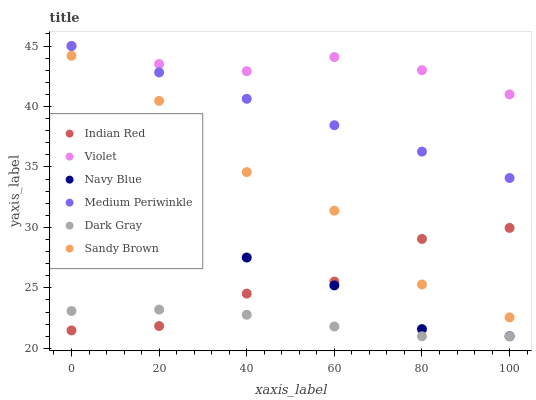
| xaxis_label | Indian Red | Violet | Navy Blue | Medium Periwinkle | Dark Gray | Sandy Brown |
 | --- | --- | --- | --- | --- | --- | --- |
 | 0 | 21.5 | 45 | 28.2 | 45 | 23.1 | 44.2 |
 | 20 | 21.8 | 43.5 | 28.5 | 42.8 | 23.2 | 40.5 |
 | 40 | 24.5 | 42.9 | 27.5 | 40.6 | 22.8 | 34.6 |
 | 60 | 25.5 | 44.1 | 25.2 | 38.5 | 21.8 | 31.4 |
 | 80 | 29 | 43 | 21.6 | 36.3 | 21 | 25.3 |
 | 100 | 30 | 41 | 21 | 34.1 | 21 | 22.6 |